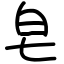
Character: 皂